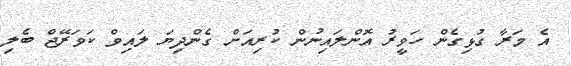
އެ މަރާ ގުޅިގެން ހަވީރު އޮންލައިނުން ކުރިއަށް ގެންދިޔަ ލައިވް ކަވަރޭޖް ބެލި